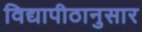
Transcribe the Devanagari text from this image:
विद्यापीठानुसार